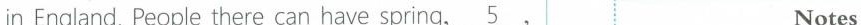
in England.People there can have spring, \underline{5}, Notes